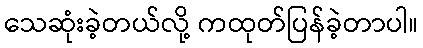
သေဆုံးခဲ့တယ်လို့ ကထုတ်ပြန်ခဲ့တာပါ။